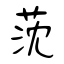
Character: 莐